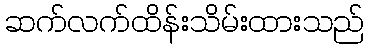
ဆက်လက်ထိန်းသိမ်းထားသည်